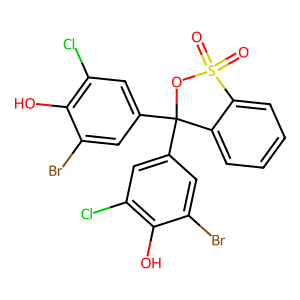
SMILES: O=S1(=O)OC(c2cc(Cl)c(O)c(Br)c2)(c2cc(Cl)c(O)c(Br)c2)c2ccccc21
Inhibits HIV replication: Yes